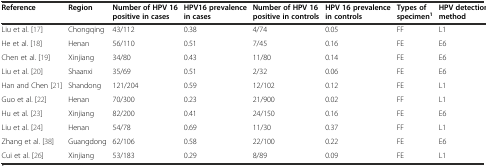
<table><thead><tr><td><b>Reference</b></td><td><b>Region</b></td><td><b>Number of HPV 16 positive in cases</b></td><td><b>HPV16 prevalence in cases</b></td><td><b>Number of HPV 16 positive in controls</b></td><td><b>HPV 16 prevalence in controls</b></td><td><b>Types of specimen<sup>1</sup></b></td><td><b>HPV detection method</b></td></tr></thead><tbody><tr><td>Liu et al. [17]</td><td>Chongqing</td><td>43/112</td><td>0.38</td><td>4/74</td><td>0.05</td><td>FF</td><td>L1</td></tr><tr><td>He et al. [18]</td><td>Henan</td><td>56/110</td><td>0.51</td><td>7/45</td><td>0.16</td><td>FE</td><td>E6</td></tr><tr><td>Chen et al. [19]</td><td>Xinjiang</td><td>34/80</td><td>0.43</td><td>11/80</td><td>0.14</td><td>FE</td><td>E6</td></tr><tr><td>Liu et al. [20]</td><td>Shaanxi</td><td>35/69</td><td>0.51</td><td>2/32</td><td>0.06</td><td>FE</td><td>E6</td></tr><tr><td>Han and Chen [21]</td><td>Shandong</td><td>121/204</td><td>0.59</td><td>12/102</td><td>0.12</td><td>FE</td><td>L1</td></tr><tr><td>Guo et al. [22]</td><td>Henan</td><td>70/300</td><td>0.23</td><td>21/900</td><td>0.02</td><td>FF</td><td>L1</td></tr><tr><td>Hu et al. [23]</td><td>Xinjiang</td><td>82/200</td><td>0.41</td><td>24/150</td><td>0.16</td><td>FE</td><td>E6</td></tr><tr><td>Liu et al. [24]</td><td>Henan</td><td>54/78</td><td>0.69</td><td>11/30</td><td>0.37</td><td>FF</td><td>L1</td></tr><tr><td>Zhang et al. [38]</td><td>Guangdong</td><td>62/106</td><td>0.58</td><td>22/100</td><td>0.22</td><td>FE</td><td>E6</td></tr><tr><td>Cui et al. [26]</td><td>Xinjiang</td><td>53/183</td><td>0.29</td><td>8/89</td><td>0.09</td><td>FE</td><td>L1</td></tr></tbody></table>